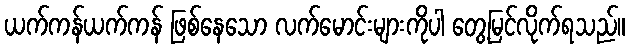
ယက်ကန်ယက်ကန် ဖြစ်နေသော လက်မောင်းများကိုပါ တွေ့မြင်လိုက်ရသည်။